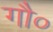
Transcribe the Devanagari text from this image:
गौ०